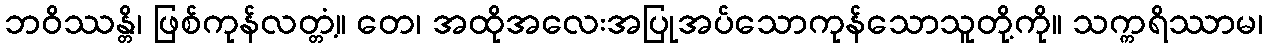
ဘဝိဿန္တိ၊ ဖြစ်ကုန်လတ္တံ့။ တေ၊ အထိုအလေးအပြုအပ်သောကုန်သောသူတို့ကို။ သက္ကရိဿာမ၊